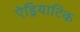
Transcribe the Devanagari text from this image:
ऐड्रियाटिक